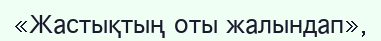
«Жастықтың оты жалындап»,